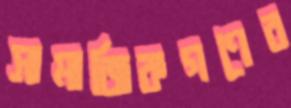
সামাজিকগণের